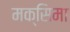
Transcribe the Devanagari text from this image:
मक्सिमा